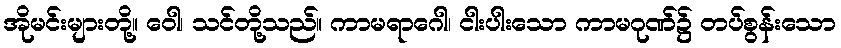
အိုမင်းများတို့။ ဝေါ၊ သင်တို့သည်။ ကာမရာဂေါ၊ ငါးပါးသော ကာမဂုဏ်၌ တပ်စွန်းသော